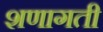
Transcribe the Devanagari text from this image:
शणागती